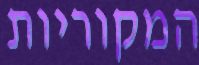
המקוריות